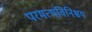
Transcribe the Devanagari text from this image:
परमत्थविनिश्चय